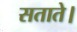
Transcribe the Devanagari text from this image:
सताते।